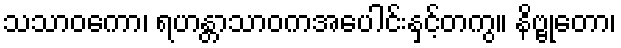
သသာဝကော၊ ရဟန္တာသာဝကအပေါင်းနှင့်တကွ။ နိဗ္ဗုတော၊